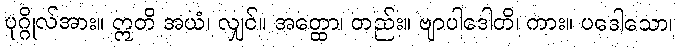
ပုဂ္ဂိုလ်အား။ ဣတိ အယံ၊ လျှင်။ အတ္ထော၊ တည်း။ ဗျာပါဒေါတိ၊ ကား။ ပဒေါသော၊